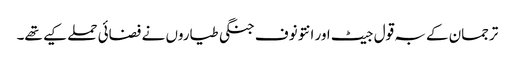
ترجمان کے بہ قول جیٹ اور انتونوف جنگی طیاروں نے فضائی حملے کیے تھے۔